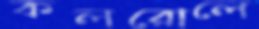
কলরোলে